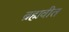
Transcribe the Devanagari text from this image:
ब्रह्मवीत